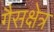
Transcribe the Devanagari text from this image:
गैसक्षेत्र